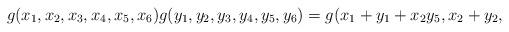
LaTeX: \begin{align*} g(x_1,x_2,x_3,x_4,x_5,x_6) g(y_1,y_2,y_3,y_4,y_5,y_6)=g(x_1+y_1+x_2y_5,x_2+y_2, \end{align*}